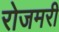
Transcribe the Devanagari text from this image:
रोजमरी